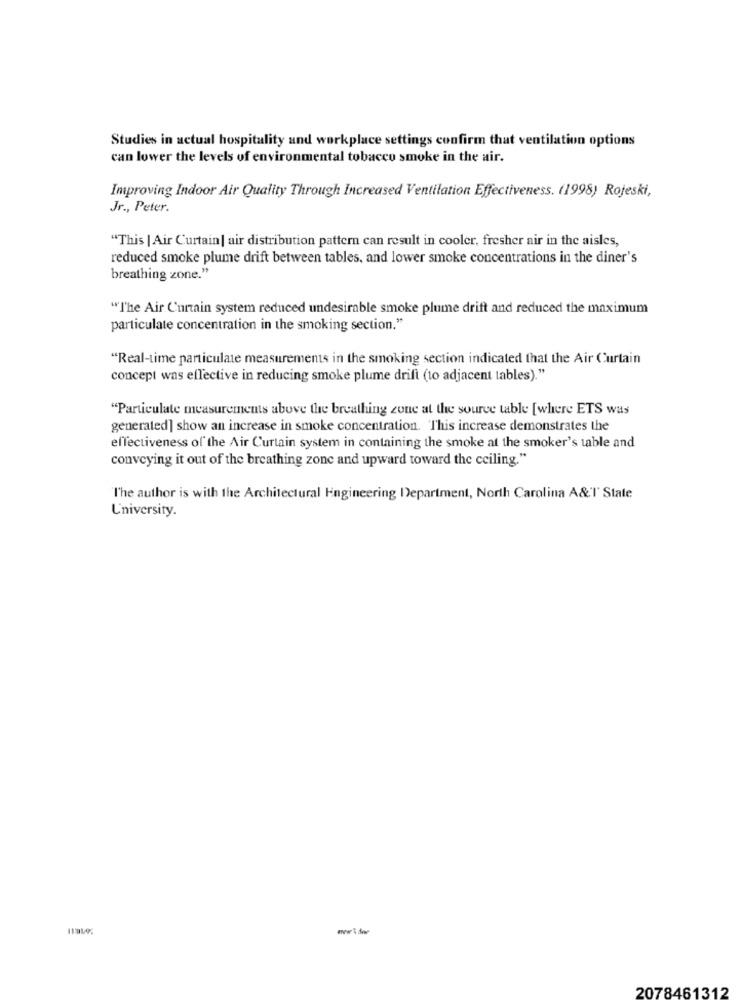
Studies in actual hospitality and workplace settings confirm that ventilation options
can lower the levels of environmental tobacco smoke in the air.
Improving Indoor Air Quality Through Increased Ventilation Effectiveness. (1998) Rojeski,
Jr ., Peter.
"This | Air Curtain| air distribution pattern can result in cooler, fresher air in the aisles,
reduced smoke plume drift between tables, and lower smoke concentrations in the diner's
breathing zone."
"The Air Curtain system reduced undesirable smoke plume drift and reduced the maximum
particulate concentration in the smoking section."
"Real-time particulate measurements in the smoking section indicated that the Air Curtain
concept was effective in reducing smoke plume drift (to adjacent tables)."
"Particulate measurements above the breathing zone at the source table [where ETS was
generated] show an increase in smoke concentration. This increase demonstrates the
effectiveness of the Air Curtain system in containing the smoke at the smoker's table and
conveying it out of the breathing zone and upward toward the ceiling."
l'he author is with the Architectural Engineering Department, North Carolina A&l' State
University.
2078461312